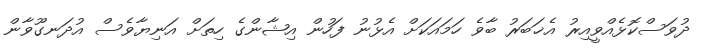
ދުވަސްކޮޅެއްވީއިރު އެޚަބަރު ބާވެ ހަމައަކަށް އެޅުނު ފަހުން އިޝާންގެ ހިތަށް އަނިޔާވެސް އުދަނގޫވާން